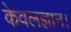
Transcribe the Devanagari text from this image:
केवलज्ञान।